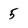
Character: 5